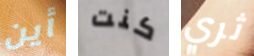
أين كنت ثري